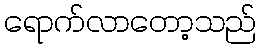
ရောက်လာတော့သည်